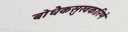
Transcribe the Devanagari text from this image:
बोधैकसुखकारिणे